Veski_algkool, lk 28
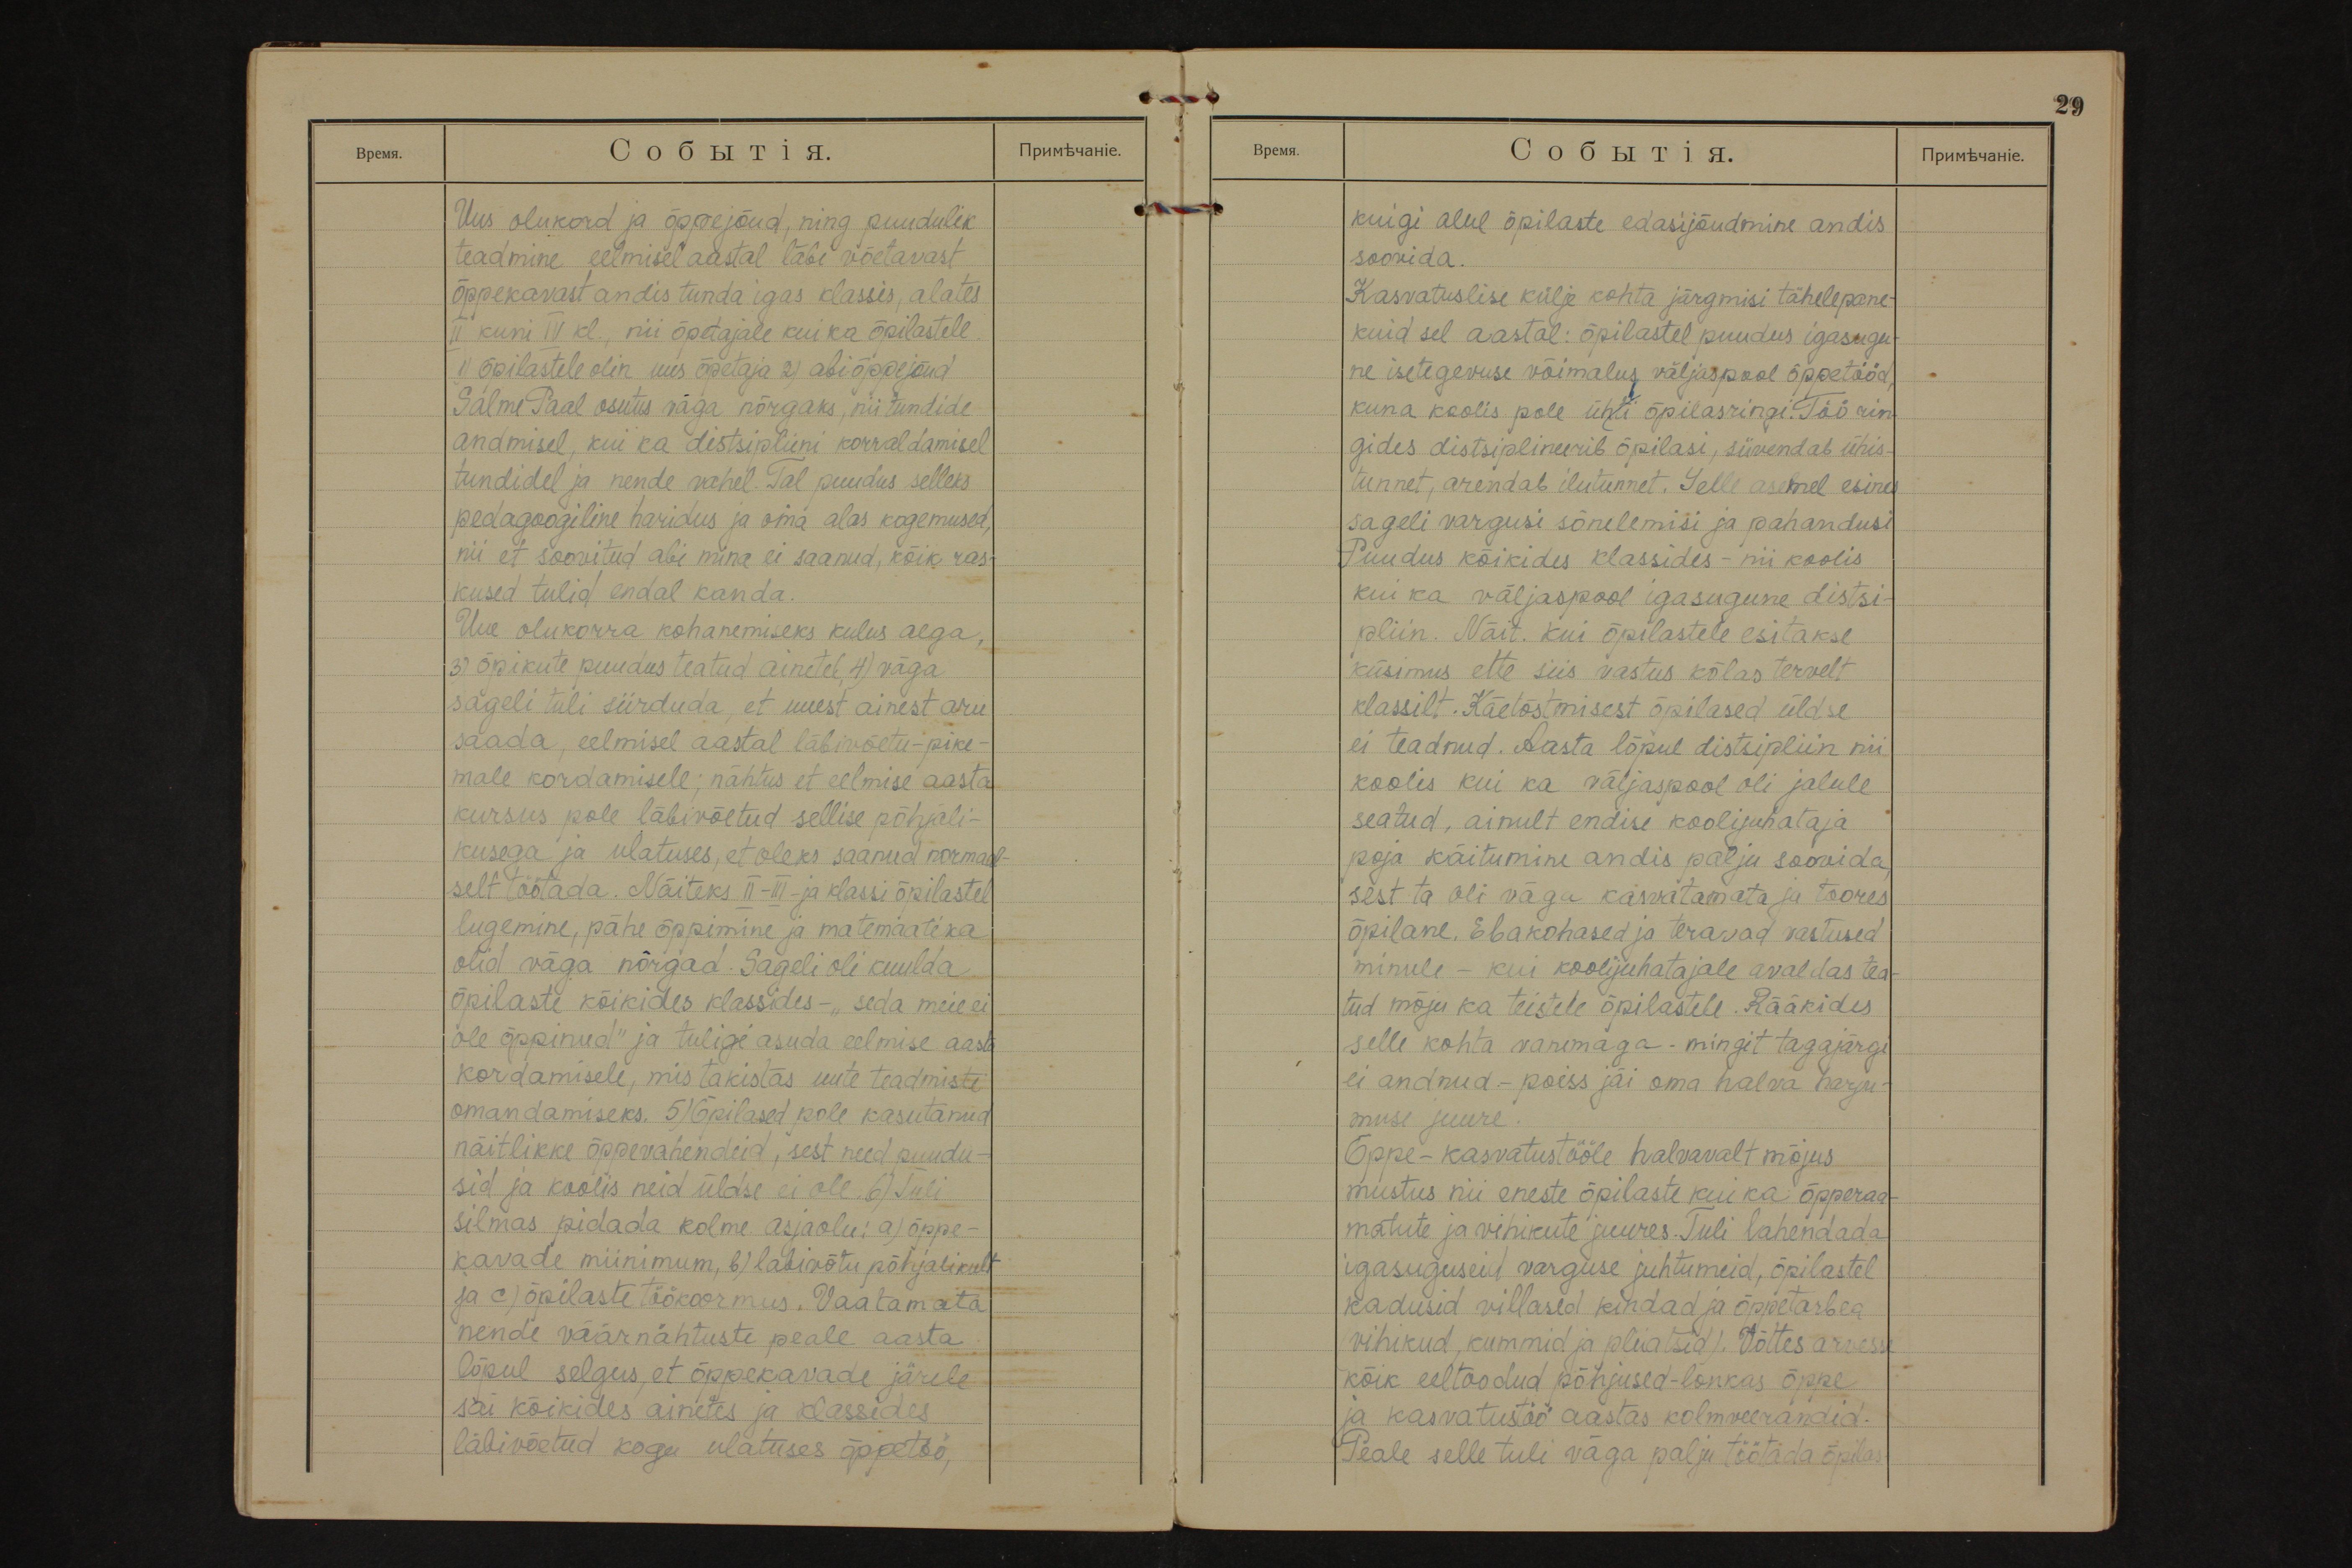
Uus olukord ja õppejõud, ning puudulik
teadmine eelmisel aastal läbi võetavast
õppekavast andis tunda igas klassis, alates
II kuni IV kl., nii õpetajale kui ka õpilastele.
1) õpilastele olin uus õpetaja 2) abiõppejõud
Salme Paal osutus väga nõrgaks, nii tundide
andmisel, kui ka distsipliini korraldamisel
tundidel ja nende vahel. Tal puudus selleks
pedagoogiline haridus ja oma alas kogemused,
nii et soovitud abi mina ei saanud, kõik ras-
kused tulid endal kanda.
Uue olukorra kohanemiseks kulus aega,
3) õpikute puudus teatud ainetel, 4) väga
sageli tuli siirduda, et uuest ainest aru
saada, eelmisel aastal läbivõetu-pike-
male kordamisele; nähtus et eelmise aasta
kursus pole läbivõetud sellise põhjali-
kusega ja ulatuses, et oleks saanud normaal-
selt töötada. Näiteks II - III -  ja klassi õpilastel
lugemine, pähe õppimine ja matemaatika
olid väga nõrgad. Sageli oli kuulda
õpilaste kõikides klassides - "seda meie ei
ole õppinud" ja tuligi asuda eelmise aasta
kordamisele, mis takistas uute teadmiste
omandamiseks. 5) Õpilased pole kasutanud
näitlikke õppevahendeid, sest need puudu-
sid ja koolis neid üldse ei ole. 6) Tuli
silmas pidada kolme asjaolu: a) õppe-
kavade miinimum, b) labivõtu põhjalikult
ja c) õpilaste töökoormus. Vaatamata
nende väärnähtuste peale aasta
lõpul selgus, et õppekavade järele
sai kõikides ainetes ja klassides
läbivõetud kogu ulatuses õppetöö,

kuigi alul õpilaste edasijõudmine andis
soovida.
Kasvatuslise külje kohta järgmisi tähelepane-
kuid sel aastal: õpilastel puudus igasugu-
ne isetegevuse võimalus väljaspool õppetööd,
kuna koolis pole ühtki õpilasingi. Töö rin-
gides distsiplineerib õpilasi, süvendab ühis-
tunnet, arendab ilutunnet. Selle asemel esines
sageli vargusi sõnelemisi ja pahandusi.
Puudus kõikides klassides - nii koolis
kui ka väljaspool igasugune distsi-
pliin. Näit. kui õpilastele esitakse
küsimus ette siis vastus kõlas tervelt
klassilt. Käetõstmisest õpilased üldse
ei teadnud. Aasta lõpul distsipliin nii
koolis kui ka väljaspool oli jalule.
seatud, ainult endise koolijuhataja
poja käitumine andis palju soovida,
sest ta oli väga kasvatamata ja toores
õpilane. Ebakohased ja teravad vastused
minule - kui koolijuhatajale avaldas tea-
tud mõju ka teistele õpilastele. Rääkides
selle kohta vanemaga - mingit tagajärgi
ei andnud. - poiss jäi oma halva harju-
muse juure.
Õppe-kasvatustööle halvavalt mõjus
mustus nii eneste õpilaste kui ka õpperaa-
matute ja vihikute juures. Tuli lahendada
igasuguseid varguse juhtumeid, õpilastel
kadusid villased kindad ja õppetarbed
(vihikud, kummid ja pliiatsid). Võttes arvesse
kõik eeltoodud põhjused - lonkas õppe
ja kasvatustöö aastas kolmveerandid.
Peale selle tuli väga palju töötada õpilas-
29